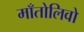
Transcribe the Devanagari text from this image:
माँतोलिवो